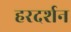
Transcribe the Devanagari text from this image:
हरदर्शन